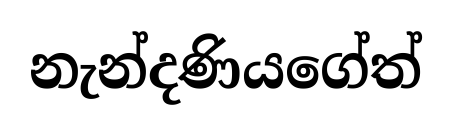
නැන්දණියගේත්